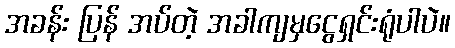
အခန်း ပြန် အပ်တဲ့ အခါကျမှငွေရှင်းရုံပါပဲ။